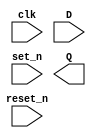
`timescale 1ns / 1ps
//////////////////////////////////////////////////////////////////////////////////
// Company: 
// Engineer: 
// 
// Design Name: 
// Module Name: d_ff_set_reset
// Project Name: 
// Target Devices: 
// Tool Versions: 
// Description: 
// 
// Dependencies: 
// 
// Revision:
// Revision 0.01 - File Created
// Additional Comments:
// 
//////////////////////////////////////////////////////////////////////////////////


module d_ff_set_reset(
    input clk,
    input D,
    input reset_n,
    input set_n,
    output Q
    );
    reg Q_reg, Q_next;
    always @ (negedge clk, negedge reset_n)
    begin
    Q_reg <=Q_reg;
    if (!reset_n)
        Q_reg<=1'b0;
    else
        Q_reg<= Q_next;
    end
    
    always @ (D, set_n)
    begin
    Q_next= Q_reg;
        if (!set_n)
            Q_next = 1'b1;
         else
            Q_next = D;
    end
    
endmodule